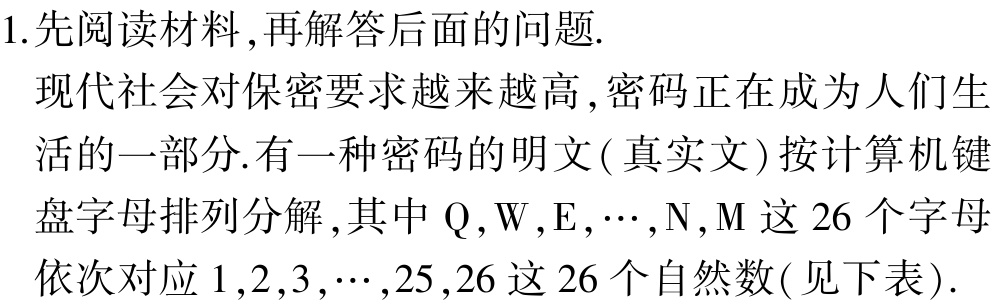
\(0<\frac{2a}{a + 1}<1\)